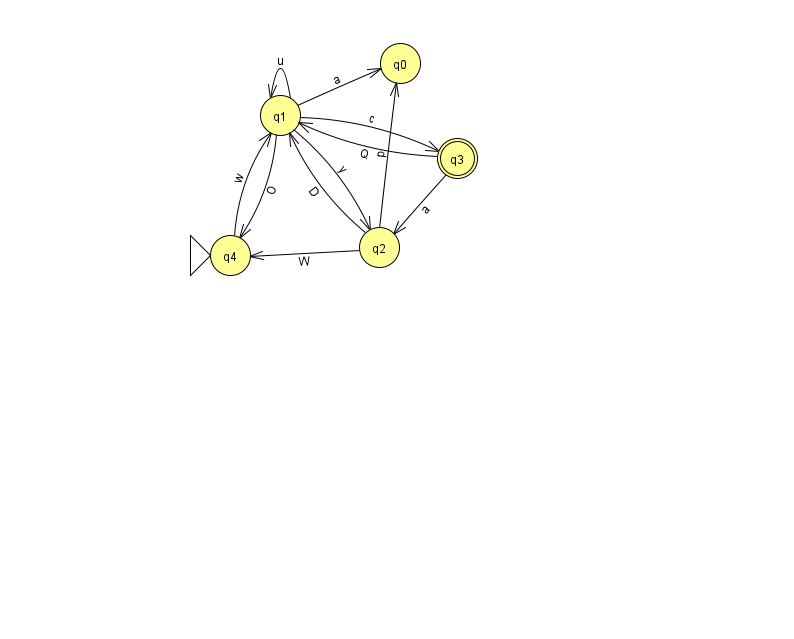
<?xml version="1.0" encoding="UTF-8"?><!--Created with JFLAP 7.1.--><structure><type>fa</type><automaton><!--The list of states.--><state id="0" name="q0"><x>400.0</x><y>50.0</y></state><state id="1" name="q1"><x>280.0</x><y>102.0</y></state><state id="2" name="q2"><x>379.0</x><y>234.0</y></state><state id="3" name="q3"><x>457.0</x><y>145.0</y><final/></state><state id="4" name="q4"><x>230.0</x><y>242.0</y><initial/></state><!--The list of transitions.--><transition><from>2</from><to>0</to><read>p</read></transition><transition><from>3</from><to>2</to><read>a</read></transition><transition><from>1</from><to>2</to><read>y</read></transition><transition><from>1</from><to>1</to><read>u</read></transition><transition><from>4</from><to>1</to><read>w</read></transition><transition><from>2</from><to>1</to><read>D</read></transition><transition><from>2</from><to>4</to><read>W</read></transition><transition><from>1</from><to>0</to><read>a</read></transition><transition><from>1</from><to>3</to><read>c</read></transition><transition><from>3</from><to>1</to><read>Q</read></transition><transition><from>1</from><to>4</to><read>O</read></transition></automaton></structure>